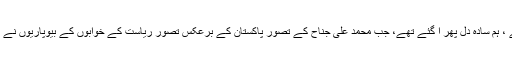
ہم نہیں بھولے ، ہم سادہ دل پھر آ گئے تھے، جب محمد علی جناح کے تصورِ پاکستان کے برعکس تصورِ ریاست کے خوابوں کے بیوپاریوں نے ہمیں آواز دی۔